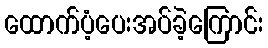
ထောက်ပံ့ပေးအပ်ခဲ့ကြောင်း